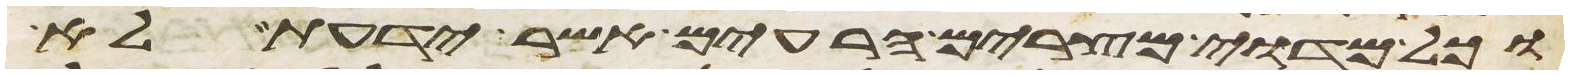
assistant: וכל מדוי מצרים הרעים אשר ידעת לא